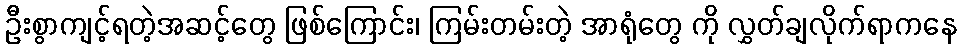
ဦးစွာကျင့်ရတဲ့အဆင့်တွေ ဖြစ်ကြောင်း၊ ကြမ်းတမ်းတဲ့ အာရုံတွေ ကို လွှတ်ချလိုက်ရာကနေ